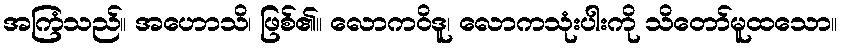
အကြံသည်။ အဟောသိ၊ ဖြစ်၏။ လောကဝိဒူ၊ လောကသုံးပါးကို သိတော်မူထသော။